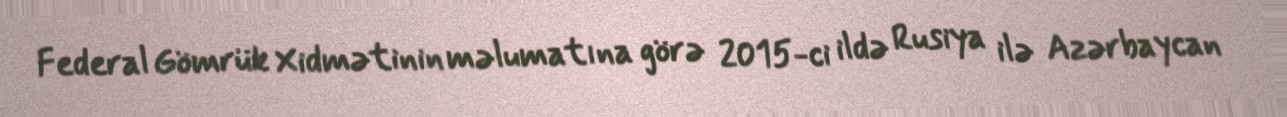
Federal Gömrük Xidmətinin məlumatına görə 2015-ci ildə Rusiya ilə Azərbaycan